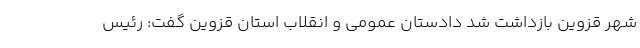
شهر قزوین‌ ‌بازداشت شد دادستان عمومی و انقلاب استان قزوین گفت: رئیس